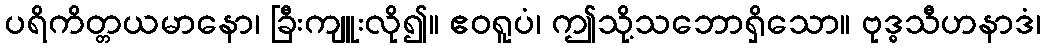
ပရိကိတ္တယမာနော၊ ခြီးကျူးလို၍။ ဧဝရူပံ၊ ဤသို့သဘောရှိသော။ ဗုဒ္ဓသီဟနာဒံ၊